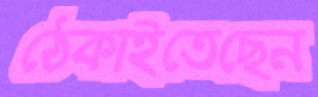
ঠেকাইতেছেন